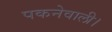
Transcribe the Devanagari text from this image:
पकनेवाली।